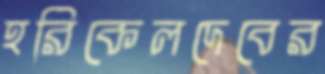
হরিকেলদেবের